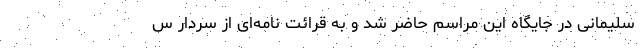
سلیمانی در جایگاه این مراسم حاضر شد و به قرائت نامه‌ای از سردار س